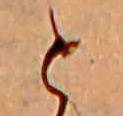
と